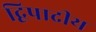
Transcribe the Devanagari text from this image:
द्विपादीय